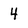
Character: 4